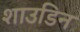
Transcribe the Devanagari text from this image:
शाउडिन